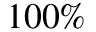
1 0 0 \%